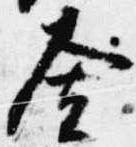
舎